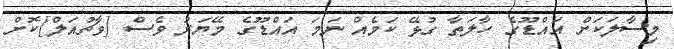
މިސާލަކަށް އައްޑޫގެ ހާލަތާ ގުޅޭ ކަަމެއް ނަމަ އައްޑޫގެ މޭޔަރު ވެސް [ވާޗުއަލް]ކޮށް